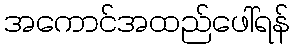
အကောင်အထည်ဖေါ်ရန်